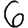
Digit: 6